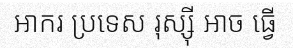
អាករ ប្រទេស រុស្ស៊ី អាច ធ្វើ